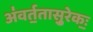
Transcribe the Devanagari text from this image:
अ॑वर्त॒तासु॒रेकः॒